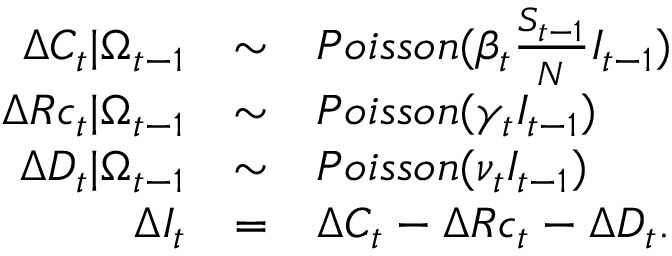
\begin{array} { r c l } { \Delta C _ { t } | \Omega _ { t - 1 } } & { \sim } & { P o i s s o n ( \beta _ { t } \frac { S _ { t - 1 } } { N } I _ { t - 1 } ) } \\ { \Delta R c _ { t } | \Omega _ { t - 1 } } & { \sim } & { P o i s s o n ( \gamma _ { t } I _ { t - 1 } ) } \\ { \Delta D _ { t } | \Omega _ { t - 1 } } & { \sim } & { P o i s s o n ( \nu _ { t } I _ { t - 1 } ) } \\ { \Delta I _ { t } } & { = } & { \Delta C _ { t } - \Delta R c _ { t } - \Delta D _ { t } . } \end{array}